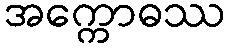
အက္ကောဓဿ